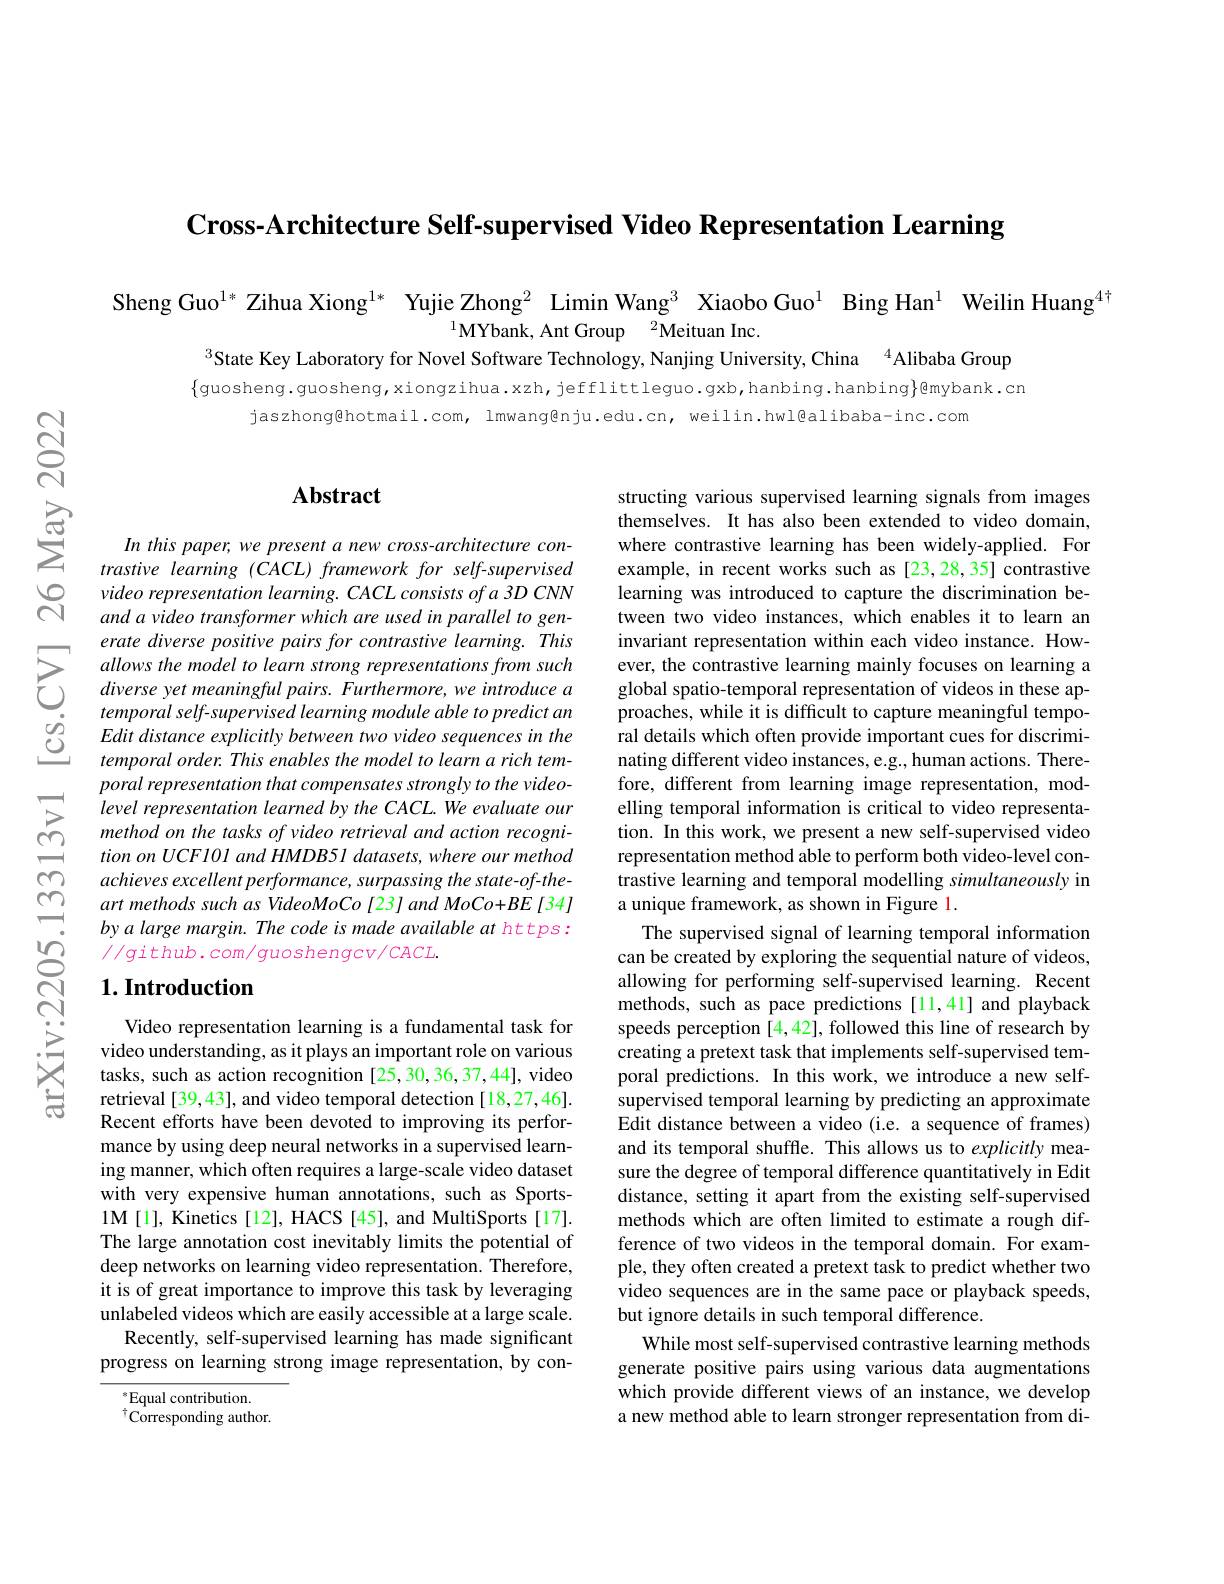
$\textbf{Cross- Architecture Self- supervised Video Representation Learning}$

Sheng Guo$^{1*}$ Zihua Xiong$^{1*}$ Yujie Zhong$^2$ Limin Wang$^3$ Xiaobo Guo$^1$ Bing Han$^{1}$ Weilin Huang$^{4\text{}}$
$^{1}\mathbf{MYbank, AntGroup}\:^{2}\mathbf{MeituanInc}.$
$^{3}$State Key Laboratory for Novel Software Technology, Nanjing University, China $^{4}$Alibaba Group

$\{$guosheng.guosheng,xiongzihua.xzh,jefflittleguo.gxb,hanbing.hanbing}gybank.cn
jaszhong@hotmail.com, Imwang@nju.edu.cn, weilin.hwl@alibaba-inc.com

## Abstract

In this paper, we present a new cross-architecture contrastive learning (CACL) framework for self-supervised video representation learning. CACL consists of a 3D CNN and a video transformer which are used in parallel to generate diverse positive pairs for contrastive learning. This allows the model to learn strong representations from such diverse yet meaningful pairs. Furthermore, we introduce a
$\begin{array}{llll}&\text{temporal self-supervised learning modu}\end{array}$
poral representation that compensates strongly to the videolevel representation learned by the CACL. We evaluate our method on the tasks of video retrieval and action recognition on UCF101 and HMDB51 datasets, where our method achieves excellent performance, surpassing the state-of-theart methods such as VideoMoCo [23] and MoCo+BE [34] by a large margin. The code is made available at https : $//g$ithub. com/ guoshengcv/ CACL.

structing various supervised learning signals from images themselves. It has also been extended to video domain, where contrastive learning has been widely-applied. For example, in recent works such as [23,28,35] contrastive learning was introduced to capture the discrimination between two video instances, which enables it to learn an invariant representation within each video instance. However, the contrastive learning mainly focuses on learning a global spatio-temporal representation of videos in these approaches, while it is difficult to capture meaningful temporal details which often provide important cues for discriminating different video instances, e.g., human actions. Therefore, different from learning image representation, modelling temporal information is critical to video representation. In this work, we present a new self-supervised video representation method able to perform both video-level contrastive learning and temporal modelling simultaneously in a unique framework, as shown in Figure l.
The supervised signal of learning temporal information can be created by exploring the sequential nature of videos, allowing for performing self-supervised learning. Recent methods, such as pace predictions [11,41] and playback speeds perception [4,42], followed this line of research by creating a pretext task that implements self-supervised temporal predictions. In this work, we introduce a new selfsupervised temporal learning by predicting an approximate Edit distance between a video (i.e. a sequence of frames) and its temporal shuffle. This allows us to explicitly measure the degree of temporal difference quantitatively in Edit distance, setting it apart from the existing self-supervised methods which are often limited to estimate a rough difference of two videos in the temporal domain. For example, they often created a pretext task to predict whether two video sequences are in the same pace or playback speeds, but ignore details in such temporal difference.
While most self-supervised contrastive learning methods generate positive pairs using various data augmentations which provide different views of an instance, we develop a new method able to learn stronger representation from di-

## $1. \textbf{Introduction}$

Video representation learning is a fundamental task for video understanding, as it plays an important role on various tasks, such as action recognition [25,30,36,37,44], video retrieval [39,43], and video temporal detection [18,27,46]. Recent efforts have been devoted to improving its performance by using deep neural networks in a supervised learning manner, which often requires a large-scale video dataset with very expensive human annotations, such as Sports- 1M[1], Kinetics[12], HACS[45], and MultiSports[17]. The large annotation cost inevitably limits the potential of deep networks on learning video representation. Therefore, it is of great importance to improve this task by leveraging unlabeled videos which are easily accessible at a large scale.
Recently, self-supervised learning has made significant progress on learning strong image representation, by con-

$^*$Equal contribution. $^{\dagger}\tilde{\mathrm{Corresponding~author.}}$